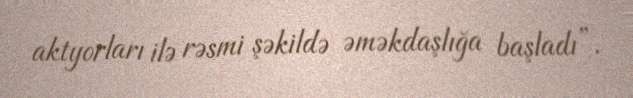
aktyorları ilə rəsmi şəkildə əməkdaşlığa başladı”.